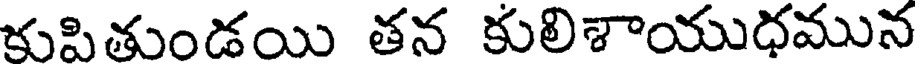
కుపితుండయి తన కులిశాయుధమున